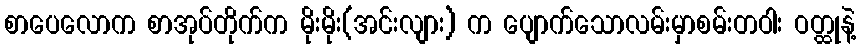
စာပေလောက စာအုပ်တိုက်က မိုးမိုး(အင်းလျား) က ပျောက်သောလမ်းမှာစမ်းတဝါး ဝတ္ထုနဲ့